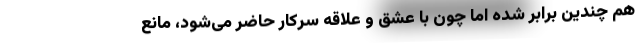
هم چندین برابر شده اما چون با عشق و علاقه سرکار حاضر می‌شود، مانع